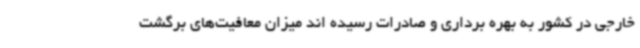
خارجی در کشور به بهره برداری و صادرات رسیده اند میزان معافیت‌های برگشت